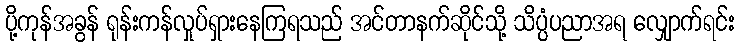
ပို့ကုန်အခွန် ရုန်းကန်လှုပ်ရှားနေကြရသည် အင်တာနက်ဆိုင်သို့ သိပ္ပံပညာအရ လျှောက်ရင်း